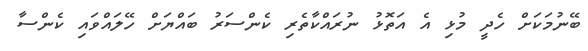
ބޭނުމަކަށް ހެދީ މުޅި އެ އަތޮޅު ނުރައްކާތެރި ކެންސަރު ބައްޔަށް ހޭލައްވައި ކެންސާ